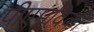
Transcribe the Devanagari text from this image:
पीएमविकी